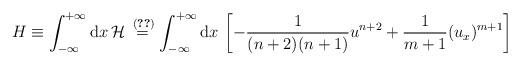
LaTeX: \begin{align*}H \equiv \int_{-\infty}^{+\infty}\mathrm{d}x\, \mathcal{H} \stackrel{\;\eqref{eq:hamiltonian}}{=} \int_{-\infty}^{+\infty}\mathrm{d}x\, \left[ -\frac{1}{(n+2)(n+1)} u^{n+2} + \frac{1}{m+1}(u_{x})^{m+1}\right]\end{align*}